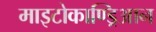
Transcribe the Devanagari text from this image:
माइटोकाण्ड्रिआन